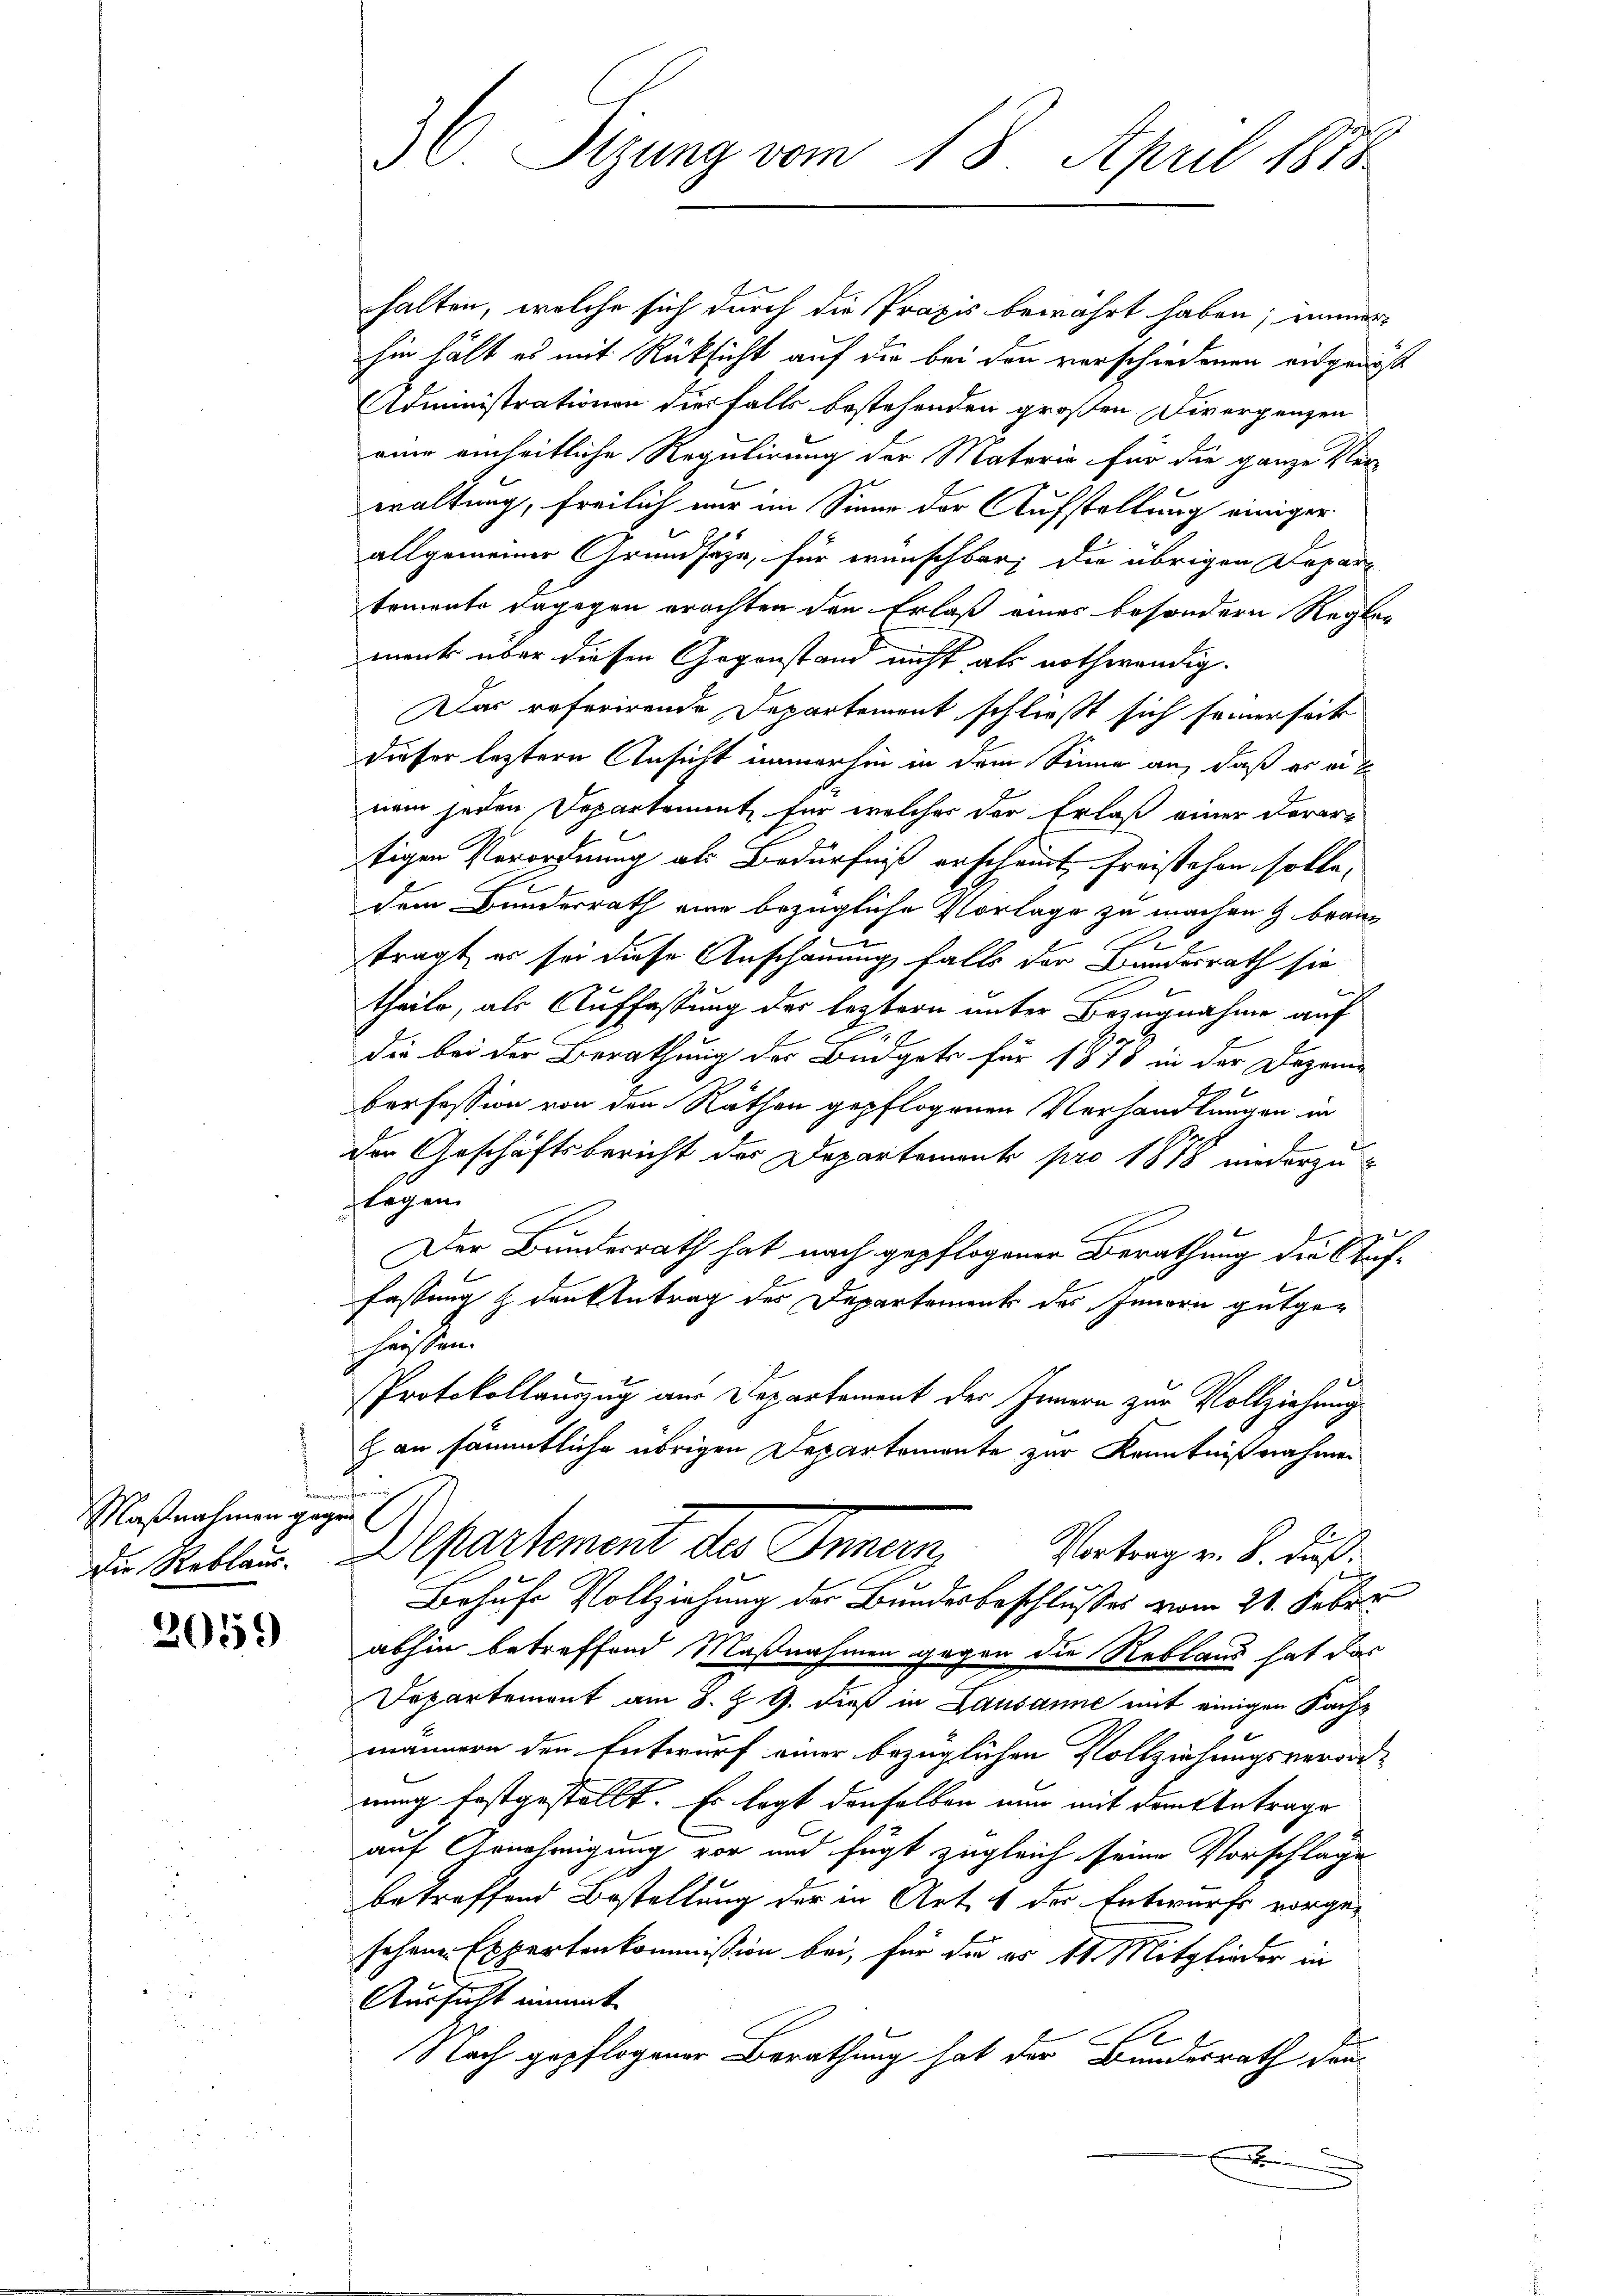
Maßnahmen gegen
Die Reblaus

2059

30. Sizung vom 18. April 1858

halten, welche sich durch die Praxis bewährt haben; immer
hin hält es mit Rücksicht auf die bei den verschiedenen angenöß
Administrationen diesfalls bestehenden großen Diverganzen
eine einheitliche Regulirung der Materie für die ganze Ver-
waltung, freilich nur im Sinne der Aufstellung einiger
allgemeiner Grundsätze, für wünschbar; die übrigen Departemente dagegen erachten den Erlaß einer besondern Regler
menk über diesen Gegenstand nicht als nothwendig.
Das referirende Departement schließt sich seinerseit
dieser leztere Ansicht immerhin in dem Sinne an, daß er ei
nem jeden Departement für welches der Erlaß einer Dorar
tigen Verordnung als Bedürfniß erscheint freistehen solle,
dem Bunderrath eine bezügliche Vorlage zu machen & braub
tragt, es sei diese Anschauung falls der Bundesrath sie
Br
theile, als Auffassung der leztern unter Bezugnahme auf
22 x
die bei der Berathung der Budgets für 1878 in der Dezemie
borfession von den Räthen gepflogenen Verhandlungen in
der Geschäftsbericht des Departemento pro 1878 niederzulegen.
Der Bundesrath hat nach gepflogener Berathung die Auffassung & den Antrag des Departement des Innern gutgehausen.
Protokollauszug aus Departement des Innern zur Vollziehung
z an sämmtliche übrigen Departemente zur Kenntnißnahmen
e
e
Departement des Innern, Vortrag v. 8. aus
Behufe Vollziehung der Bundesbeschlusses vom 21. Feber
abhin betreffend Maßnahmen gegen die Reblaus hat das
Departemont am 8. Z. 9. dieß in Lausanne mit einigen Fachmännern den Entwurf einer bezüglichen Vollziehungsverordnung festgestellt. Es legt denselben nun mit dem Antrage
auf Arnehmigung vor und fügt zugleich seine Vorschläge
betreffend Bestellung der in Art. 1 der Entwurfs vorgesehene Expertenkommission bei, für die es 11. Mitglieder in
Aussicht eimmat
Nach gepflogener Berathung hat der Bundesrath den
c